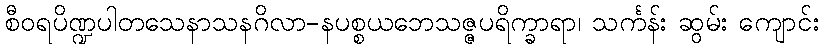
စီဝရပိဏ္ဍပါတသေနာသနဂိလာ-နပစ္စယဘေသဇ္ဇပရိက္ခာရာ၊ သင်္ကန်း ဆွမ်း ကျောင်း